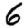
Digit: 6